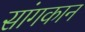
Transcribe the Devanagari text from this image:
सांगकान